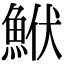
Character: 鮲